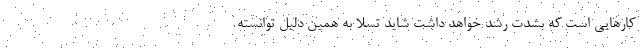
کارهایی است که بشدت رشد خواهد داشت شاید تسلا به همین دلیل توانسته